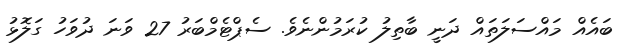
ބައެއް މައްސަލަތައް ދަނީ ބާތިލު ކުރަމުންނެވެ. ސެޕްޓެމްބަރު 27 ވަނަ ދުވަހު ގަލޮޅު